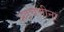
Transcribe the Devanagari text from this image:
अडचणीना